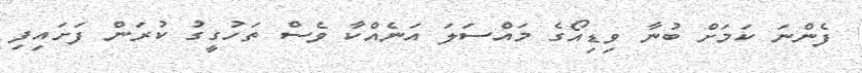
ފެންނަ ކަމަށް ބުނާ ވިޑިއޯގެ މައްސަލަ އަނެއްކާ ވެސް ތަހުގީގު ކުރަން ފަށައިފި